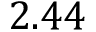
2 . 4 4